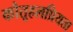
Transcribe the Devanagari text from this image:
कौतूहलप्रियता